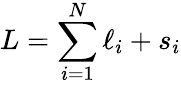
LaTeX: L=\sum_{i=1}^{N}\ell_{i}+s_{i}